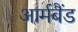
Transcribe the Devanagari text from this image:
आर्मबैंड